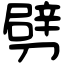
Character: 劈